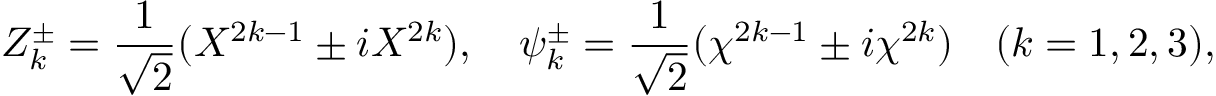
Z _ { k } ^ { \pm } = { \frac { 1 } { \sqrt { 2 } } } ( X ^ { 2 k - 1 } \pm i X ^ { 2 k } ) , \quad \psi _ { k } ^ { \pm } = { \frac { 1 } { \sqrt { 2 } } } ( \chi ^ { 2 k - 1 } \pm i \chi ^ { 2 k } ) \quad ( k = 1 , 2 , 3 ) ,